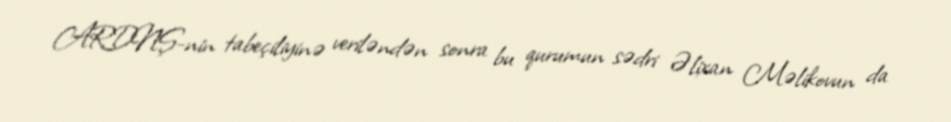
ARDNŞ-nin tabeçiliyinə veriləndən sonra bu qurumun sədri Əlixan Məlikovun da